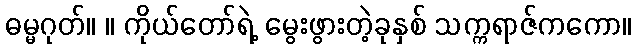
ဓမ္မဂုတ်။ ။ ကိုယ်တော်ရဲ့ မွေးဖွားတဲ့ခုနှစ် သက္ကရာဇ်ကကော။